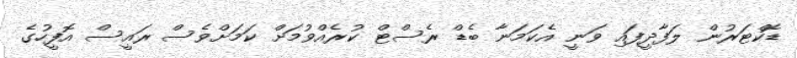
ޑޮކްޓަރުން ލަފާދީފައި ވަނީ އެކަމަނާ ބެޑް ރެސްޓް ކުރެއްވުމަށް ކަމަށްވެސް ރައީސް އޮފީހުގެ